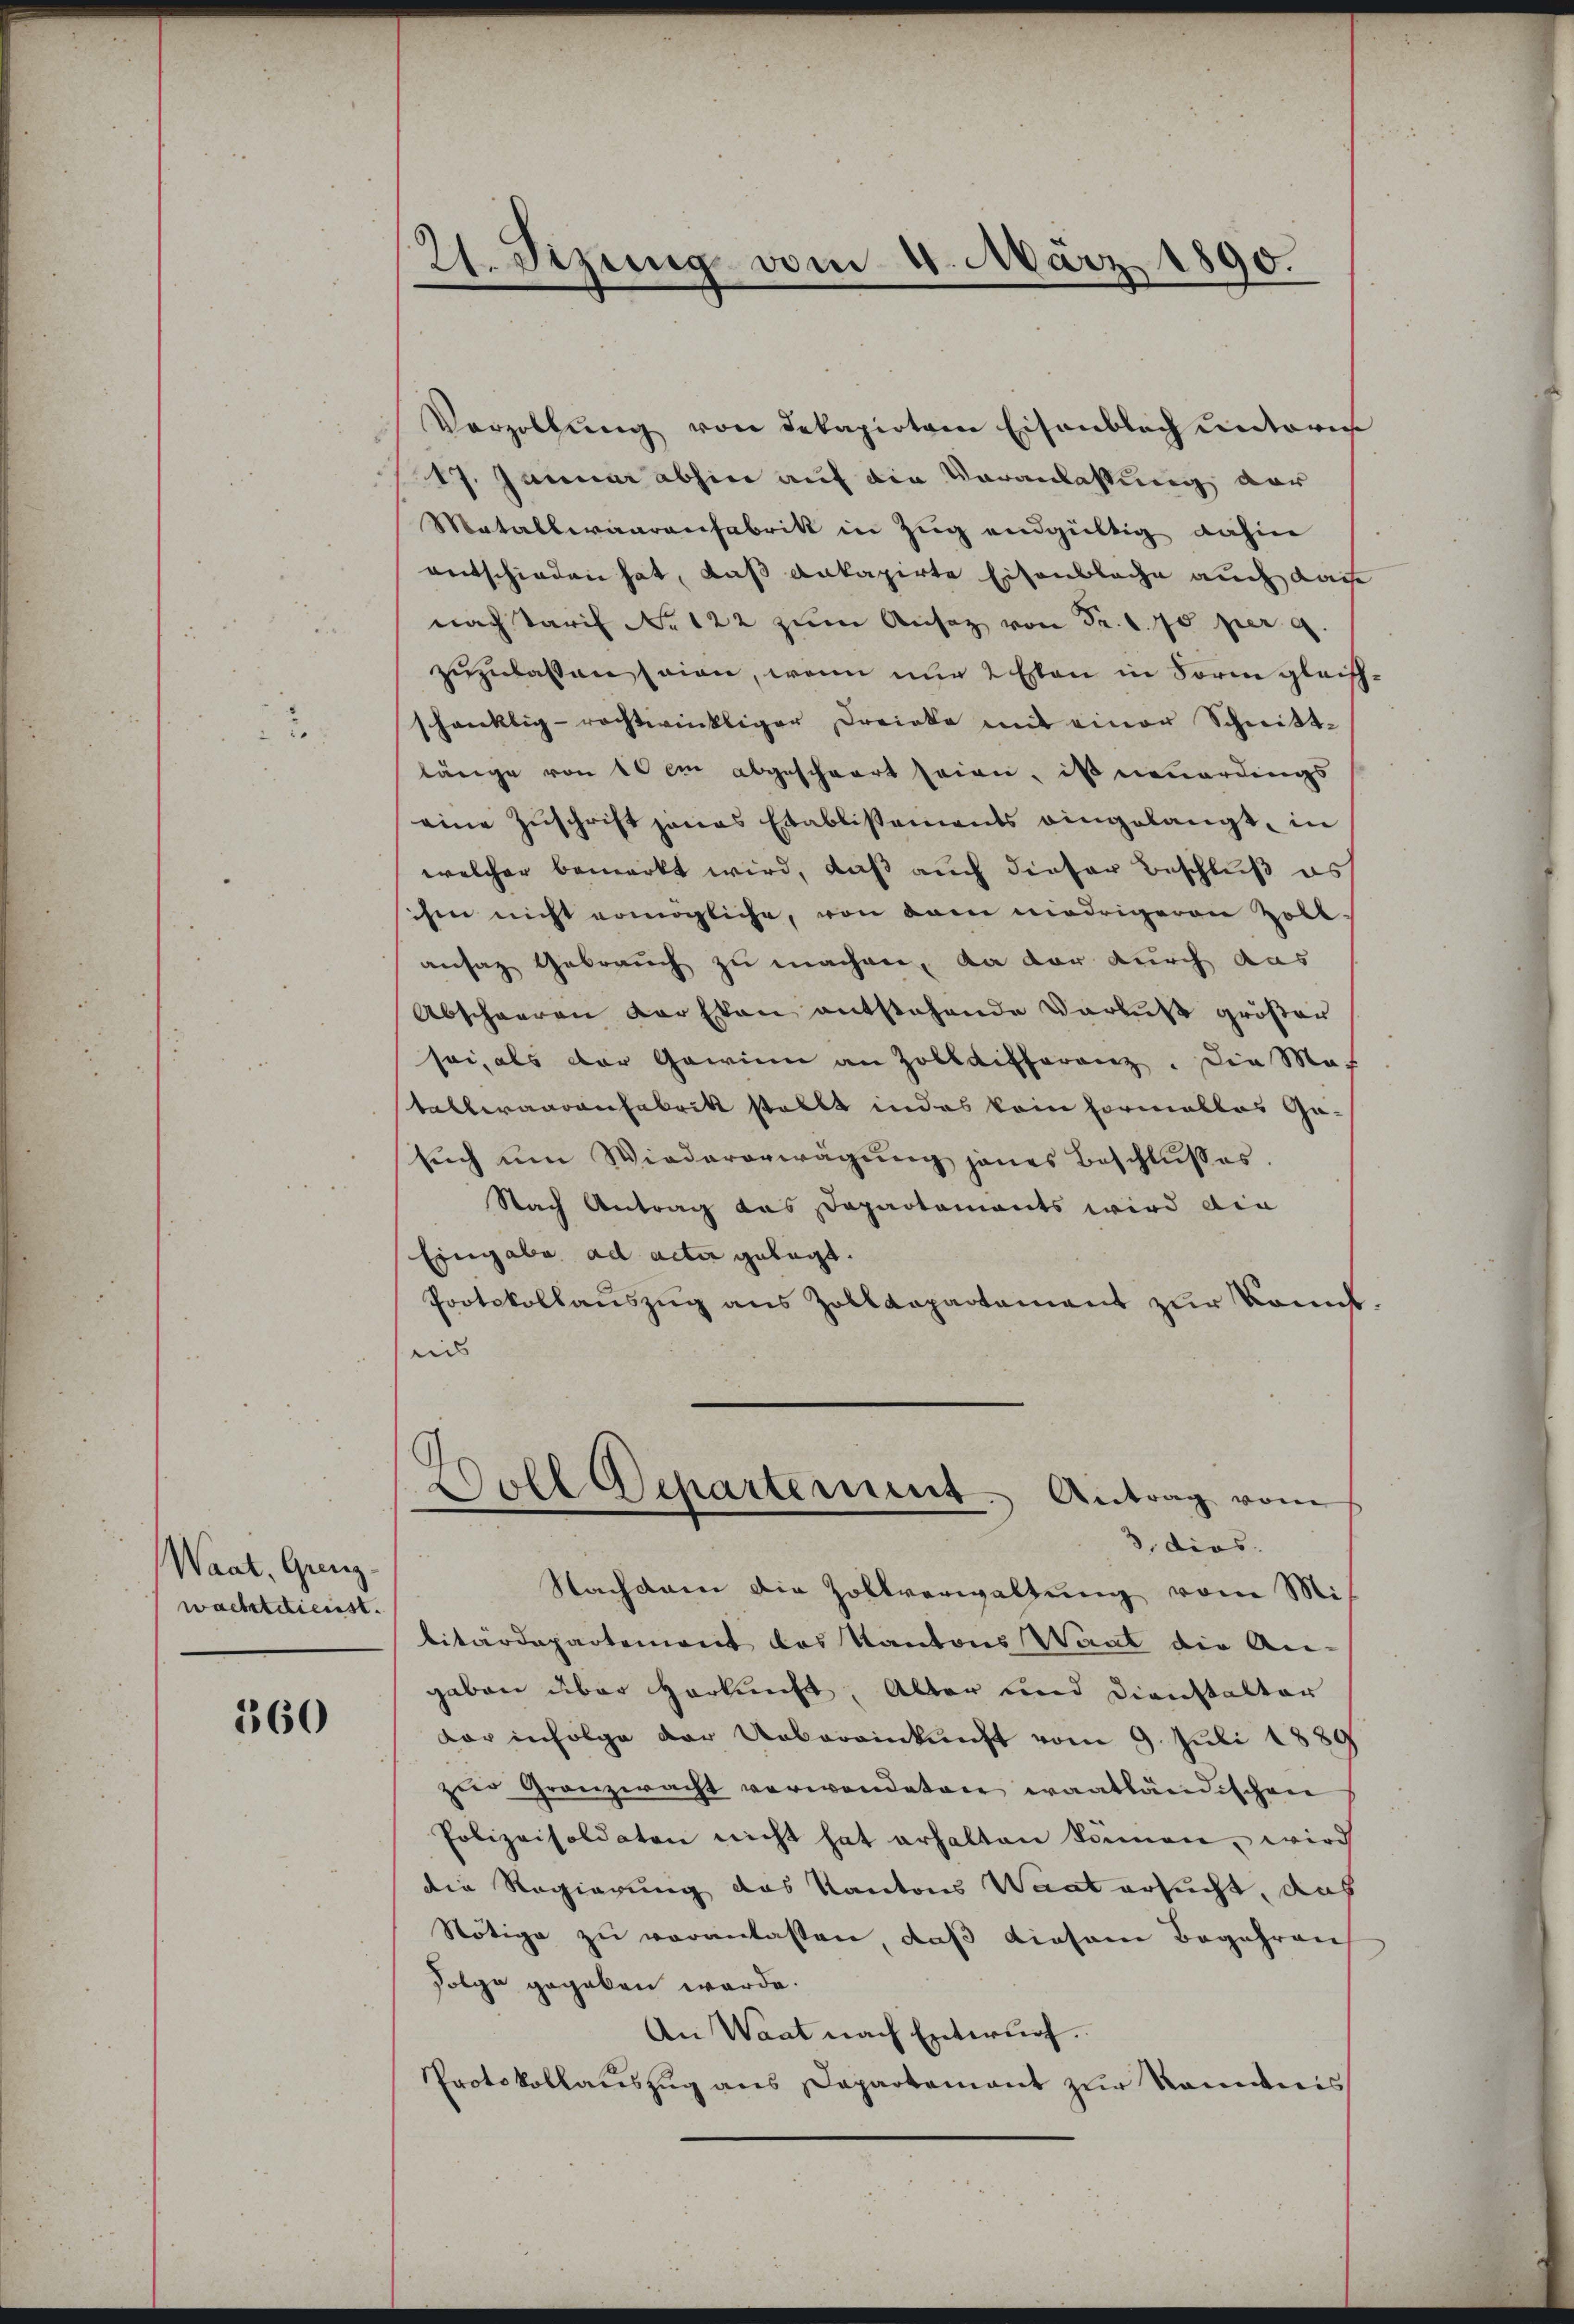
.

Waat, Grenz
wachtdienst.

360

21. Sizung vom 4. März 1890.

Verzollŭng von dekapirten Eisenbach unterer
17. Januar abhin auf die Veranlassung der
Matallwaarenfabrik in Zug endgültig dahin
entschieden hat, daß ankapirte Eisenblache auch dac
nach Tarif No 122 zum Ansaz von Fr. 170 per g
zuzulassen seien, wenn nur 2 Essen in Sorm gleichschanklig-rechtwinkliger Dreinke mit einer Schnitt-
länge von 10 im abgeschwort seien, ist neuerdings
eine Zuschrift jenes Etablissements eingelangt, in
welcher bemerkt wird, daß auch dieser Beschluß es
hin nicht ermögliche, von dem niedrigeren Zollansaz Gebrauch zu machen, an der durch aus
Abschweren darsten entstehende Verlust größer
sei, als der Gewinn an Zolldifferanz. Die Mas
tallwaarenfabrik stellt indes kein formalles Ge-
sŭch ŭm Wiedererwägŭng jenes Beschlŭsses.
Nach Antrag das Dapartaments wird din
Eingabe ad acta gelegt.
Protokollauszug aus Zolldepartement zur konnt
uns
Woll Departement. Antrag vom
3, dies
Nachdem die Zollverwaltung vom Mibitärdepartement das Kantons Waat die An-
gaben über Herkunft, Alter und Dienstalter
dar infolge der Uebereinkunft vom 9. Juli 1889
zŭr Granzwacht verwendeten waatländischen
Polizeisoldaten nicht hat erhalten können, wird
die Regierung des Kantons Waadt ersucht, das
Nötige zu veranlassen, daß diesem Begehren
.
Folge gegeben werde.
An Waat nach Entwurf.
Protokollauszug aus Dapartement zur Kommis